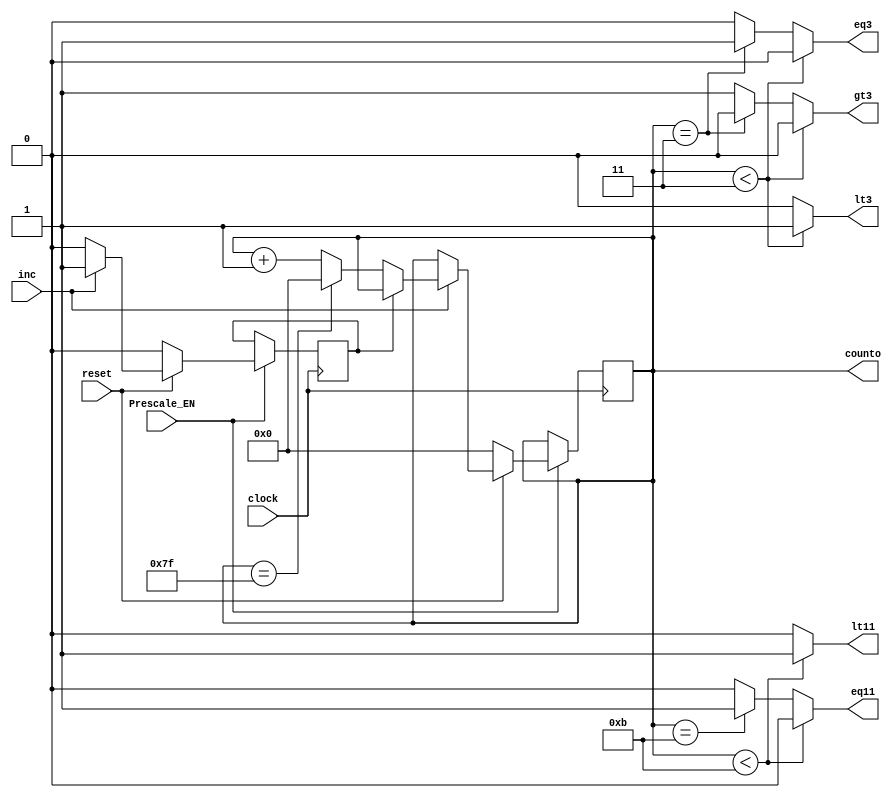
////////////////////////////////////////////////////////////////////////////////////////////////////
//
// Interessengruppe fuer Mikroelektronik und Eingebettete Systeme (IMES)
// Fachhochschule Dortmund
//
// Tool         : Mentor Graphics HDL Designer(TM) 2015.1b (Build 4)
// Description  : received/sent bits counter 
// Commentary   : reset synchron, negative clock-Flanke
//                DW 2005.06.30 Prescale Enable eingefgt. 
//                DW 2005_06_30 clock Flanke von negativ auf positiv geaendert.
//
// Changelog:
// -------------------------------------------------------------------------------------------------
// Version | Author             | Date       | Changes
// -------------------------------------------------------------------------------------------------
// 0.9     | Leduc              | 01.07.2019 | created
// -------------------------------------------------------------------------------------------------
// 0.91    | Leduc              | 01.07.2019 | Tansl. Process FSM_events (VHDL) in two always blocks
// -------------------------------------------------------------------------------------------------
//
////////////////////////////////////////////////////////////////////////////////////////////////////

//`resetall
//`timescale 1ns/10ps
//`default_nettype none

module counter2 (
  input  wire clock,
  input  wire Prescale_EN,
  input  wire inc,           // MACFSM, Zhler inkrementieren
  input  wire reset,
  output reg  lt3,           // MACFSM, lower, greater, equal 3
  output reg  gt3,
  output reg  eq3,
  output reg  lt11,          // MACFSM, lower, equal 11
  output reg  eq11,
  output wire [6:0]counto
);

reg       inc_rise_merker;  // de-glitchen
reg [6:0] count;

assign counto = count;      // Signal raus

always@(posedge clock)      // DW 2005_06_30 clock Flanke von negativ auf positiv geaendert.
begin
  if (Prescale_EN == 1'b1)  // DW 2005.06.30 Prescale Enable eingefgt.
   begin
    if (reset == 1'b0)
      begin
       count           <= 7'd0;
       inc_rise_merker <= 1'b0;       
      end
    else if (inc == 1'b1)
      begin
       if (inc_rise_merker == 1'b0)   // flanke merken
        begin                         // flanke war schon
         inc_rise_merker <= 1'b1;
         if (count == 7'd127)         // berlauf
           count <= 7'd0;
         else
           count <= count + 1;
        end
      end
    else
      inc_rise_merker <= 1'b0;        // flankenmerker fr nchste flanke vorbereiten
   end 
end

////////////////////////////////////////////////////////////////////////////////
// purpose: fr intermission werden hier signale fr <,>,= 3 und 11 generiert,
// um MACFSM mit DC extrahierbar zu bekommen.
// type   : combinational
// inputs : count
// outputs: lt11, eq11, lt3, gt3, eq3

always@(count)
begin
  if (count < 3) 
    begin
     lt3 = 1'b1; 
     gt3 = 1'b0; 
     eq3 = 1'b0;
    end
  else if (count == 3) 
    begin
     lt3 = 1'b0; 
     gt3 = 1'b0; 
     eq3 = 1'b1;
    end
  else 
    begin
     lt3 = 1'b0; 
     gt3 = 1'b1; 
     eq3 = 1'b0;
    end
end    
    
always@(count)
begin
  if (count < 11) 
    begin
     lt11 = 1'b1; 
     eq11 = 1'b0;
    end
  else if (count == 11) 
    begin
     lt11 = 1'b0; 
     eq11 = 1'b1;
    end
  else 
    begin
     lt11 = 1'b0; 
     eq11 = 1'b0;
    end     
end

endmodule